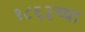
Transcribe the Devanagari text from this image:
१८६३च्या